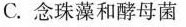
C.念珠藻和酵母菌